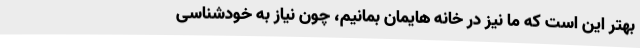
بهتر این است که ما نیز در خانه هایمان بمانیم، چون نیاز به خودشناسی